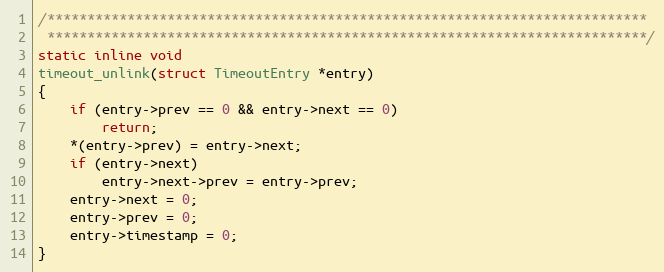
Language: C
/***************************************************************************
 ***************************************************************************/
static inline void
timeout_unlink(struct TimeoutEntry *entry)
{
    if (entry->prev == 0 && entry->next == 0)
        return;
    *(entry->prev) = entry->next;
    if (entry->next)
        entry->next->prev = entry->prev;
    entry->next = 0;
    entry->prev = 0;
    entry->timestamp = 0;
}